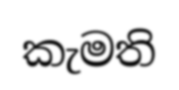
කැමති